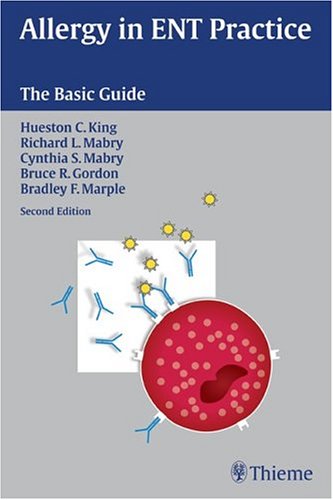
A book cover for Allergy in ENT Practice: The Basic Guide; Hueston Clark King; Health, Fitness & Dieting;